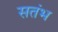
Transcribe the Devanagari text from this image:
सतंभ